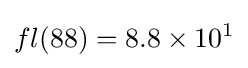
fl(88)=8.8\times 10^{1}